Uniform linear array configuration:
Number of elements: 24
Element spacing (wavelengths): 0.75
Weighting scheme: blackman
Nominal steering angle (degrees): -15
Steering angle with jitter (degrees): -15.208
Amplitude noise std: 0.05
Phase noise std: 0.05

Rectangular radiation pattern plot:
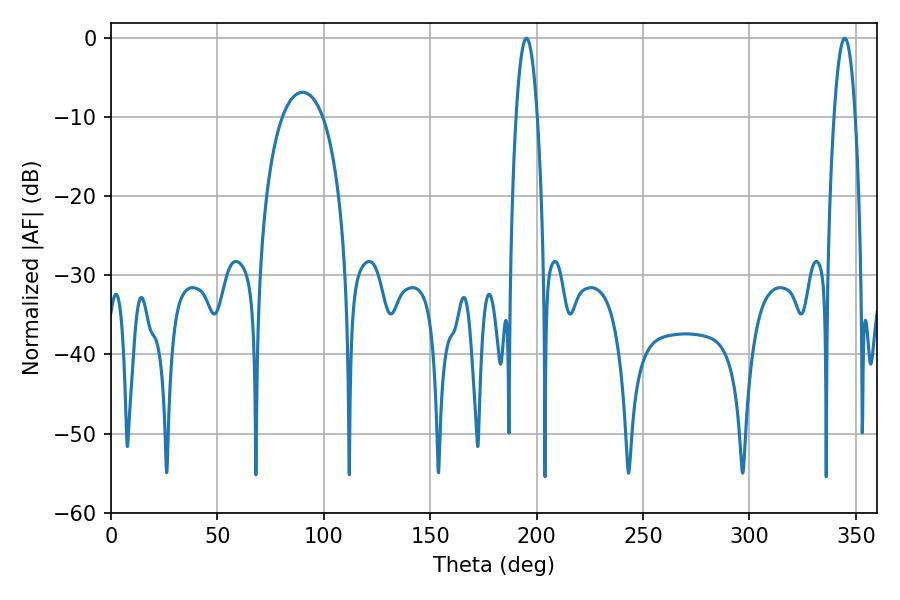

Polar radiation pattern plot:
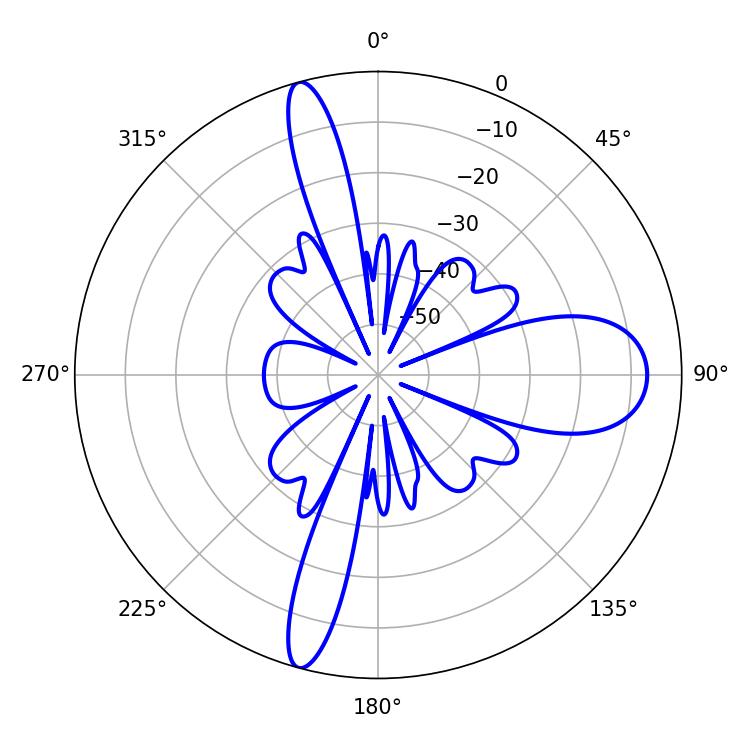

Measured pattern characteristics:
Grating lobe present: TRUE
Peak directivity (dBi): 21.628
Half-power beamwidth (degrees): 5.58
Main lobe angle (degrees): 344.7